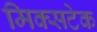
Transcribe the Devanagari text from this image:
मिक्सटेक